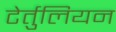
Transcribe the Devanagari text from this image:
टेर्तुलियन